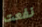
نفعت